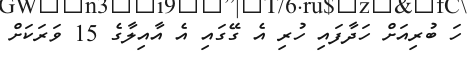
ހަ ބުރިއަށް ހަދާފައި ހުރި އެ ގޭގައި އެ އާއިލާގެ 15 ވަރަކަށް